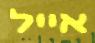
אייל